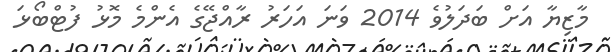
މާޒިޔާ އަށް ބަދަލުވެ 2014 ވަނަ އަހަރު ރާއްޖޭގެ އެންމެ މޮޅު ފުޓްބޯޅަ